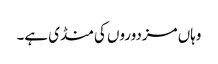
وہاں مزدوروں کی منڈی ہے۔